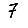
Digit: 7